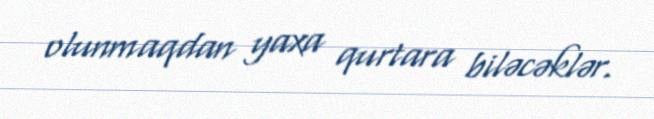
olunmaqdan yaxa qurtara biləcəklər.